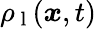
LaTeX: \rho_{\mathrm{~l~}}(\boldsymbol{x},t)